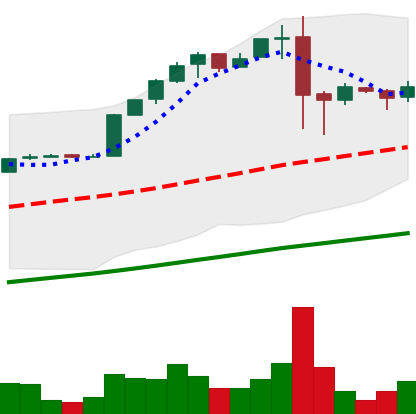
Ticker: BTC-USD
Chart end date: 2017-02-14
Forward return: 4.312%
Label: up_3_5